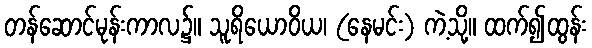
တန်ဆောင်မုန်းကာလ၌။ သူရိယောဝိယ၊ (နေမင်း) ကဲ့သို့။ ထက်၍ထွန်း